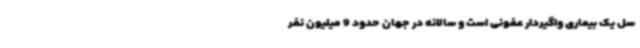
سل یک بیماری واگیردار عفونی است و سالانه در جهان حدود 9 میلیون نفر